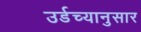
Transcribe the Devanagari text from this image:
उर्डच्यानुसार